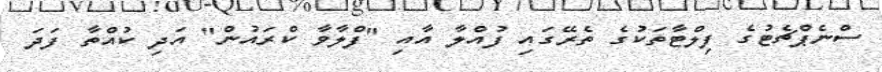
ސްނެޕްޗެޓުގެ ފިލްޓާތަކުގެ ތެރޭގައި ފުއްލާ އާއި "ފްލާވާ ކްރައުން" އަދި ކުއްތާ ފަދަ